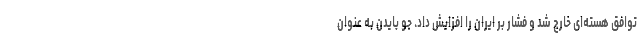
توافق هسته‌ای خارج شد و فشار بر ایران را افزایش داد. جو بایدن به عنوان